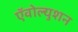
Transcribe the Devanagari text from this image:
ऍवोल्युशन